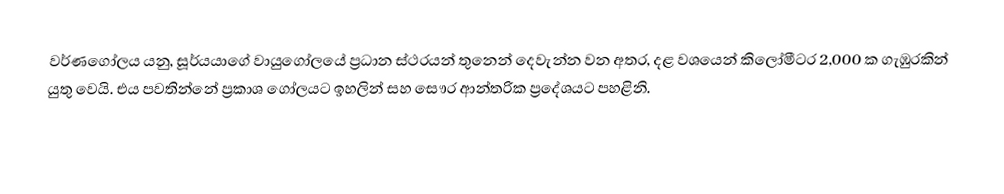
වර්ණගෝලය යනු,  සූර්යයාගේ  වායුගෝලයේ ප්‍රධාන ස්ථරයන් තුනෙන් දෙවැන්න වන අතර, දළ වශයෙන් කිලෝමීටර 2,000 ක ගැඹුරකින් යුතු වෙයි. එය පවතින්නේ  ප්‍රකාශ ගෝලයට ඉහලින් සහ සෞර ආන්තරික ප්‍රදේශයට පහළිනි.